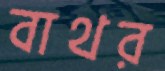
বাথর